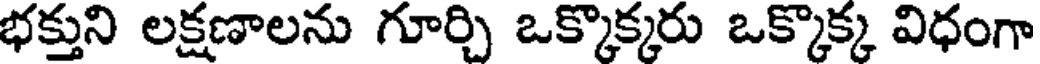
భక్తుని లక్షణాలను గూర్చి ఒక్కొక్కరు ఒక్కొక్క విధంగా